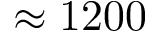
\approx 1 2 0 0